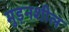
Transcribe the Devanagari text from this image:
मुड़नशील